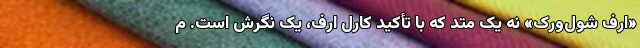
«اُرف شول‌وِرک» نه یک مِتد که با تأکید کارل اُرف، یک نگرش است. مِ